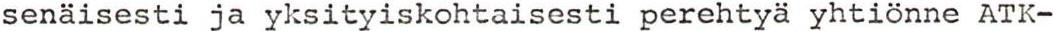
senäisesti ja yksityiskohtaisesti perehtyä yhtiönne ATK-